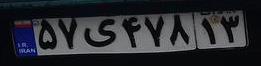
۵۷ی۴۷۸۱۳